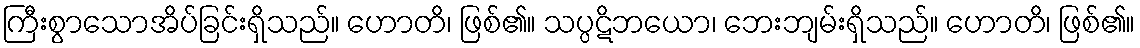
ကြီးစွာသောအိပ်ခြင်းရှိသည်။ ဟောတိ၊ ဖြစ်၏။ သပ္ပဋိဘယော၊ ဘေးဘျမ်းရှိသည်။ ဟောတိ၊ ဖြစ်၏။